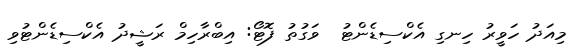
މިއަދު ހަވީރު ހިނގި އެކްސިޑެންޓު  ވަގުތު ފޮޓޯ: އިބްރާހިމް ރަޝީދު އެކްސިޑެންޓުވި